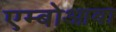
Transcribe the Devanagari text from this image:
एम्बोआबा